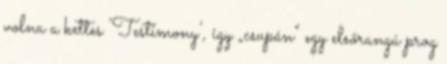
volna a kettes ’Testimony’, így „csupán” egy elsőrangú prog